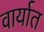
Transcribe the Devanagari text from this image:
वार्यात